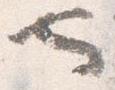
也